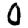
Digit: 0